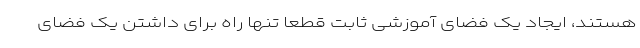
هستند، ایجاد یک فضای آموزشی ثابت قطعا تنها راه برای داشتن یک فضای